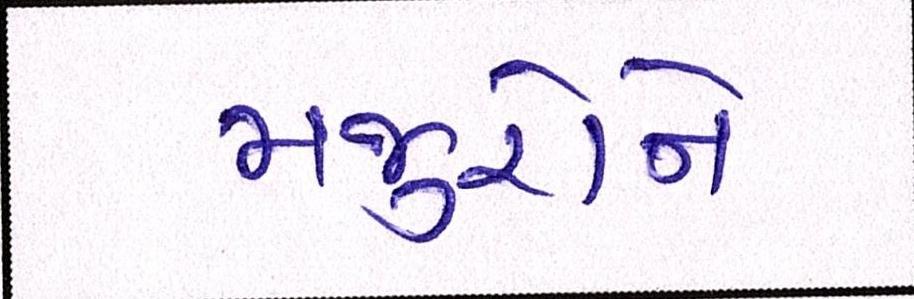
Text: મજુરોને